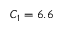
C _ { 1 } = 6 . 6